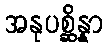
အနုပစ္ဆိန္နာ